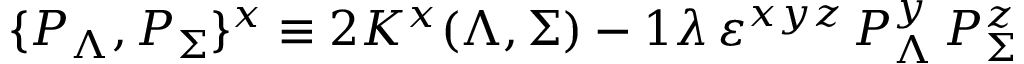
\{ { \cal P } _ { \Lambda } , { \cal P } _ { \Sigma } \} ^ { x } \equiv 2 K ^ { x } ( \Lambda , \Sigma ) - { \o { 1 } { \lambda } } \, \varepsilon ^ { x y z } \, { \cal P } _ { \Lambda } ^ { y } \, { \cal P } _ { \Sigma } ^ { z }